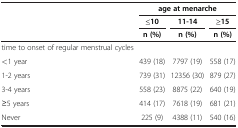
<table><thead><tr><td><b> </b></td><td colspan="3"><b>age at menarche</b></td></tr><tr><td><b> </b></td><td><b>≤10</b></td><td><b>11-14</b></td><td><b>≥15</b></td></tr><tr><td><b> </b></td><td><b>n (%)</b></td><td><b>n (%)</b></td><td><b>n (%)</b></td></tr></thead><tbody><tr><td>time to onset of regular menstrual cycles</td><td> </td><td> </td><td> </td></tr><tr><td>&lt;1 year</td><td>439 (18)</td><td>7797 (19)</td><td>558 (17)</td></tr><tr><td>1-2 years</td><td>739 (31)</td><td>12356 (30)</td><td>879 (27)</td></tr><tr><td>3-4 years</td><td>558 (23)</td><td>8875 (22)</td><td>640 (19)</td></tr><tr><td>≥5 years</td><td>414 (17)</td><td>7618 (19)</td><td>681 (21)</td></tr><tr><td>Never</td><td>225 (9)</td><td>4388 (11)</td><td>540 (16)</td></tr></tbody></table>